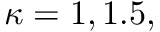
\kappa = 1 , 1 . 5 ,